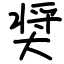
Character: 奨